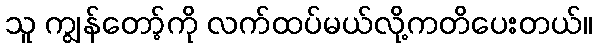
သူ ကျွန်တော့်ကို လက်ထပ်မယ်လို့ကတိပေးတယ်။